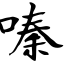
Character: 嗪